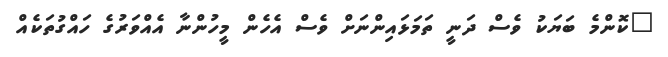
"ކޮންމެ ބަޔަކު ވެސް ދަނީ ތަމަޅައިންނަށް ވެސް އެހެން މީހުންނާ އެއްވަރުގެ ހައްގުތަކެއް